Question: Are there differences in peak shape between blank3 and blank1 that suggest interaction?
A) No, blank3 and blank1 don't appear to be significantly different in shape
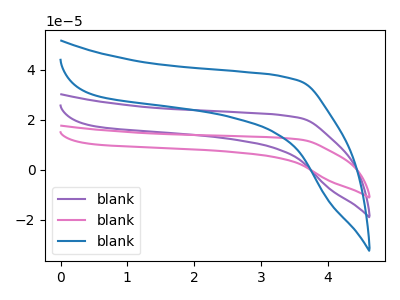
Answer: <think>The purple curve "blank1" has no peaks. The pink curve "blank2" has no peaks. The blue curve "blank3" has no peaks.
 Neither "blank3" or "blank1" have any peaks.</think>
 <answer>A) No, "blank3" and "blank1" don't appear to be significantly different in shape</answer>
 <eval>A</eval>